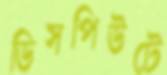
ডিসপিউটে